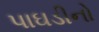
પાઘડીનો